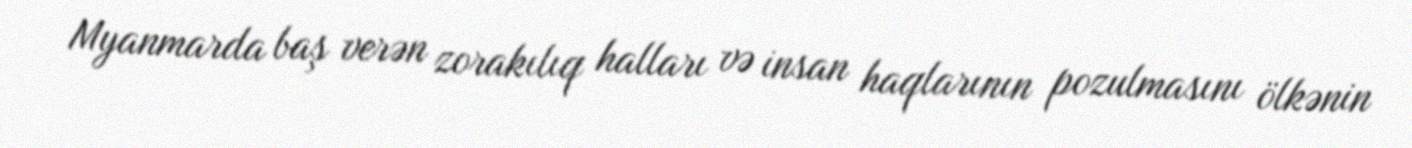
Myanmarda baş verən zorakılıq halları və insan haqlarının pozulmasını ölkənin